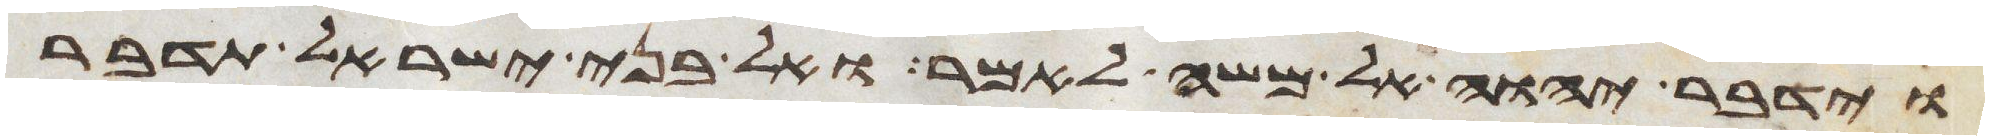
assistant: וידבר יהוה אל משה לאמר ואל בני ישראל תדבר